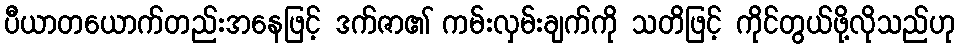
ပီယာတယောက်တည်းအနေဖြင့် ဒက်ဇာ၏ ကမ်းလှမ်းချက်ကို သတိဖြင့် ကိုင်တွယ်ဖို့လိုသည်ဟု